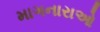
માગનારાઓ